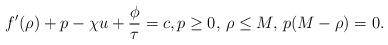
LaTeX: \begin{align*}f'(\rho)+p-\chi u+\frac{\phi}{\tau}=c,p\geq 0, \, \rho\leq M,\, p(M-\rho)=0.\end{align*}